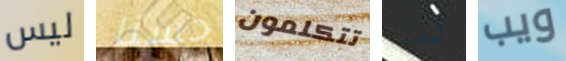
ليس حسنا تتكلمون كمشتبه ويب